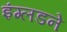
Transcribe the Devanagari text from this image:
इंग्लडने